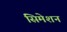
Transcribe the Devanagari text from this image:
सिमेशन